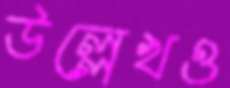
উল্লেখও